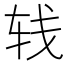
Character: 𰹼